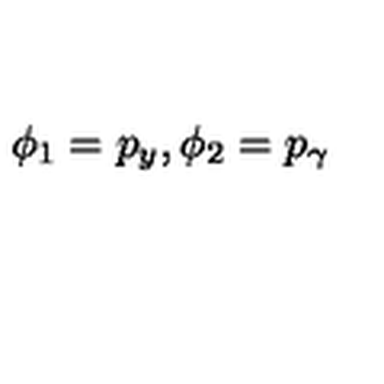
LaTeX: \phi _ { 1 } = p _ { y } , \phi _ { 2 } = p _ { \gamma }